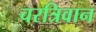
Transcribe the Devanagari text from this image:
चरत्रिवान